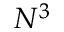
N ^ { 3 }